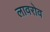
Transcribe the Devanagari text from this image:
लावरोव